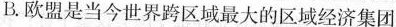
B.欧盟是当今世界跨区域最大的区域经济集团